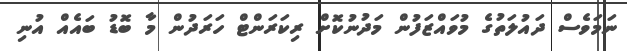
ނަމަވެސް ދައުލަތުގެ މުވައްޒަފުން މަދުނުކޮށް ރިކަރަންޓް ހަރަދުން މާ ބޮޑު ބައެއް އުނި